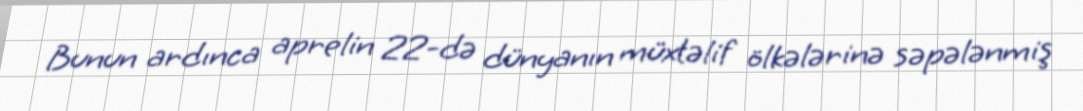
Bunun ardınca aprelin 22-də dünyanın müxtəlif ölkələrinə səpələnmiş